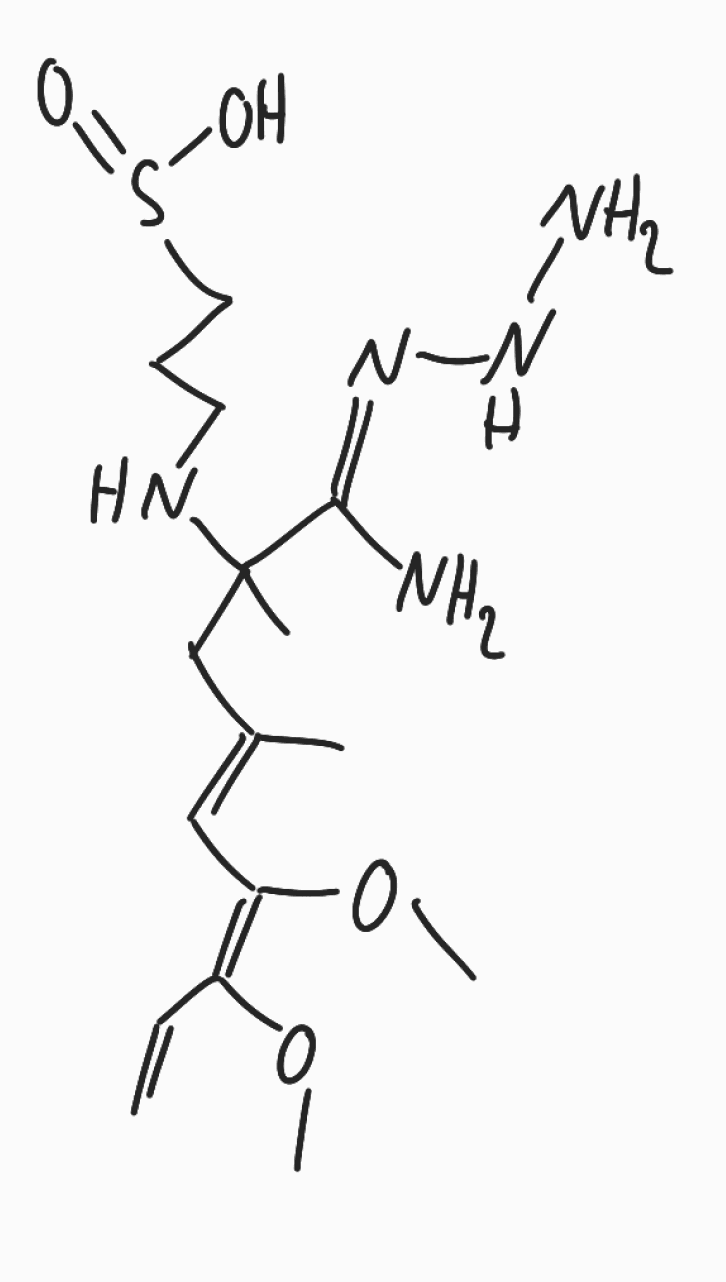
Simplified molecular-input line-entry system (SMILES) notation of the given molecule:
C/C(=C\C(=C(/C=C)\OC)\OC)/CC(C)(/C(=N/NN)/N)NCCCS(=O)O